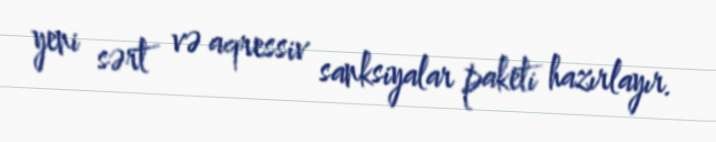
yeni sərt və aqressiv sanksiyalar paketi hazırlayır.